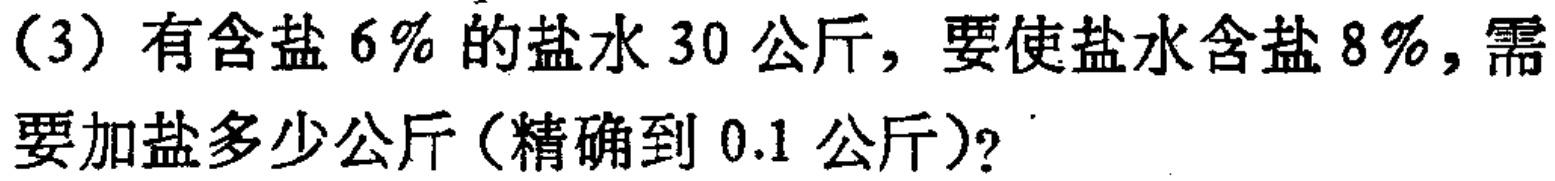
（3）有含盐$6\%$的盐水$30$公斤，要使盐水含盐$8\%$，需要加盐多少公斤（精确到$0.1$公斤）？